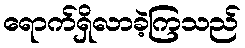
ရောက်ရှိလာခဲ့ကြသည်